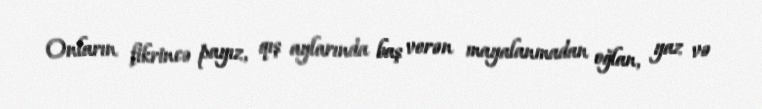
Onların fikrincə payız, qış aylarında baş verən mayalanmadan oğlan, yaz və